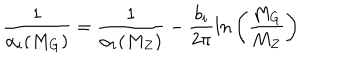
\frac { 1 } { \alpha _ { i } ( M _ { G } ) } = \frac { 1 } { \alpha _ { i } ( M _ { Z } ) } - \frac { b _ { i } } { 2 \pi } l n \left( \frac { M _ { G } } { M _ { Z } } \right)